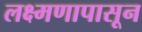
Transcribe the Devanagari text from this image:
लक्ष्मणापासून